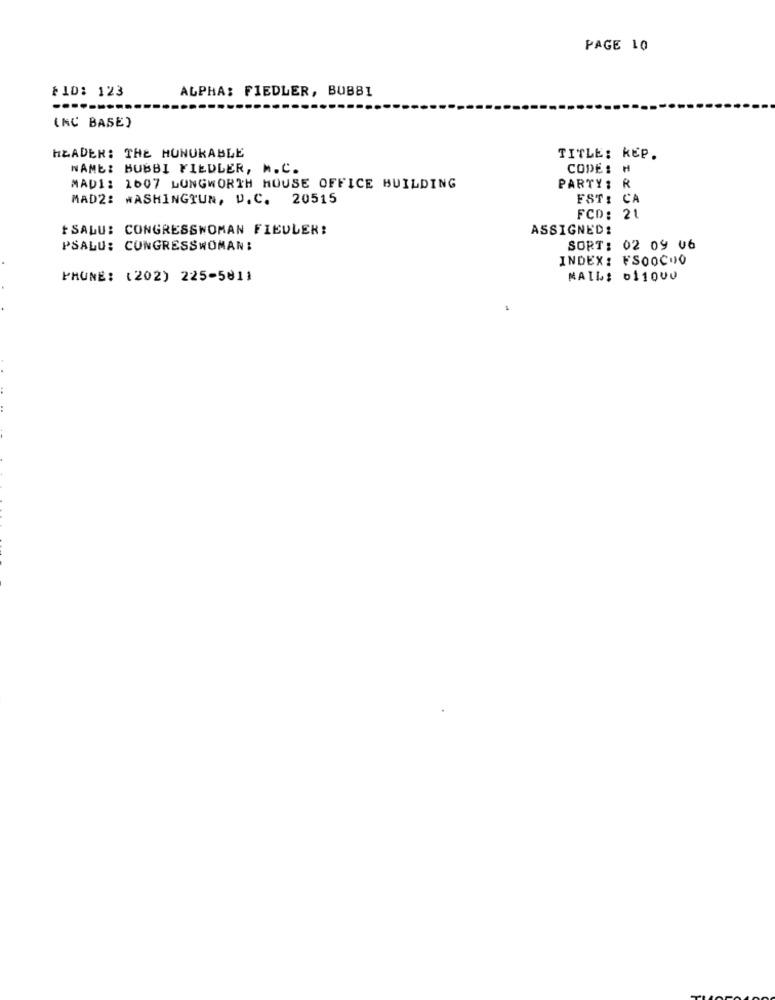
PAGE 10
FID: 123
ALPHA: FIEDLER, BUBBI
(NC BASE)
HEADER: THE HONURABLE
TITLE: KEP.
NAME: BUBBI FIEDLER, M.C.
CODE: H
MAD1: 1607 LONGWORTH HOUSE OFFICE BUILDING
PARTY: R
MAD2: WASHINGTUN, D.C. 20515
FST: CA
FCD: 21
+SALU: CONGRESSWOMAN FIEDLER!
ASSIGNED:
PSALU: CONGRESSWOMAN:
SORT: 02 09 06
INDEX: FSOOCOO
PHONE: (202) 225-5811
MAIL: 011000